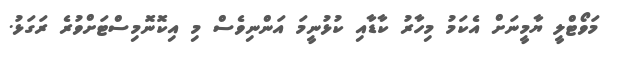
މަވޯޓްލީ ޔާމީނަށް އެކަމު މިހާރު ކާޑާއި ކުޅުނީމަ އަންނިވެސް މި އިކޮނޮމިސްޓަށްވުރެ ރަގަޅު.